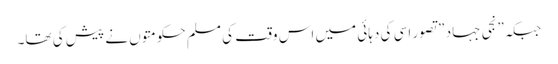
جبکہ\”نجی جہاد \”تصور اسی کی دہائی میں اس وقت کی مسلم حکومتوں نے پیش کی تھا۔